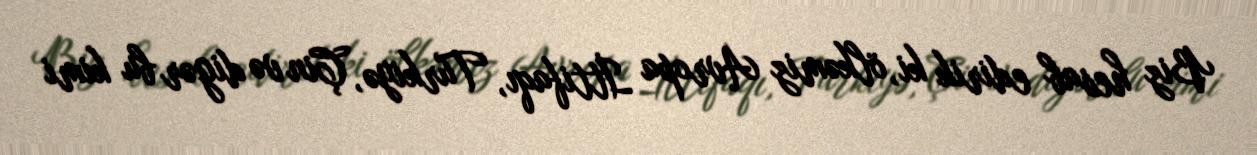
Biz hesab edirik ki, ölkəmiz Avropa İttifaqı, Türkiyə, Çin və digər bu kimi